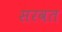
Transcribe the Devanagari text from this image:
सरवत